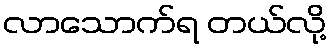
လာသောက်ရ တယ်လို့